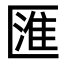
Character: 匯